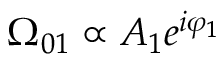
\Omega _ { 0 1 } \propto A _ { 1 } e ^ { i \varphi _ { 1 } }